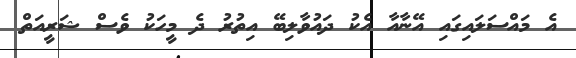
އެ މައްސަލައިގައި އޭނާއާ އެކު ދައުވާލިބޭ އިތުރު ދެ މީހަކު ވެސް ޝަރީއަތް